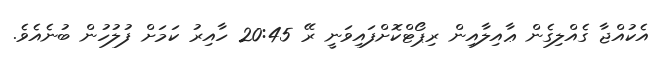
އެކުއްޖާ ގެއްލިގެން ޢާއިލާއިން ރިޕޯޓްކޮށްފައިވަނީ ރޭ 20:45 ހާއިރު ކަމަށް ފުލުހުން ބުނެއެވެ.